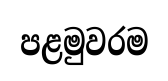
පළමුවරම